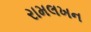
રામલખન